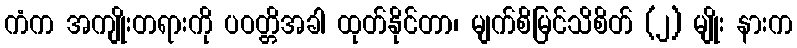
ကံက အကျိုးတရားကို ပဝတ္တိအခါ ထုတ်နိုင်တာ၊ မျက်စိမြင်သိစိတ် (၂) မျိုး နားက